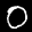
Label: 0